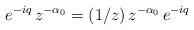
LaTeX: \begin{align*} e^{-iq}\, z^{-\alpha_0} = (1/z)\, z^{-\alpha_0}\, e^{-iq}\,\end{align*}